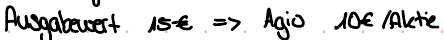
Ausgabewert 15€ => Agio 10€ /Aktie